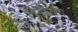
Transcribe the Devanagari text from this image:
लेडीबग